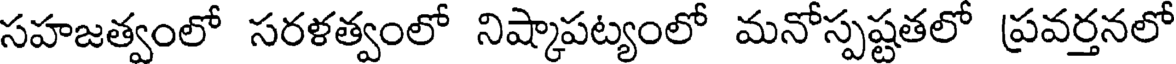
సహజత్వంలో సరళత్వంలో నిష్కాపట్యంలో మనోస్పష్టతలో ప్రవర్తనలో